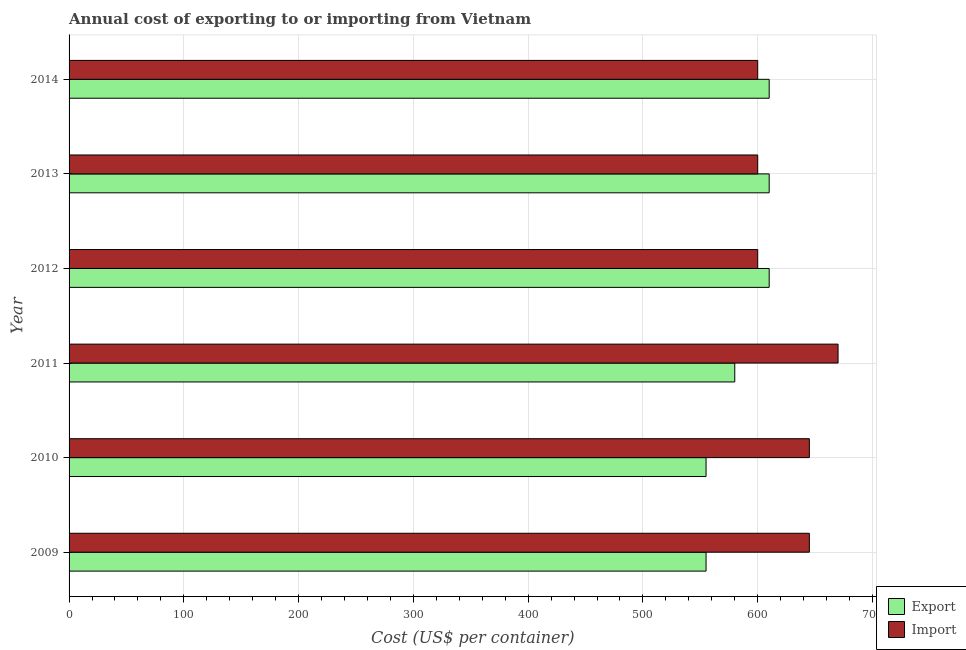
| Year | Export | Import |
 | --- | --- | --- |
 | 2009 | 555 | 645 |
 | 2010 | 555 | 645 |
 | 2011 | 580 | 670 |
 | 2012 | 610 | 600 |
 | 2013 | 610 | 600 |
 | 2014 | 610 | 600 |